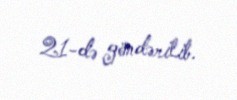
21-də göndərilib.